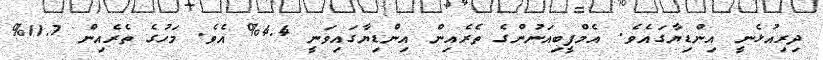
ދިރިއުޅެނީ އިންޑިޔާގައެވެ. އެމްފީބިއަނުންގެ ތެރެއިން އިންޑިޔާގައިވަނީ 4.4% އެވެ. މަހުގެ ތެރެއިން 11.7%